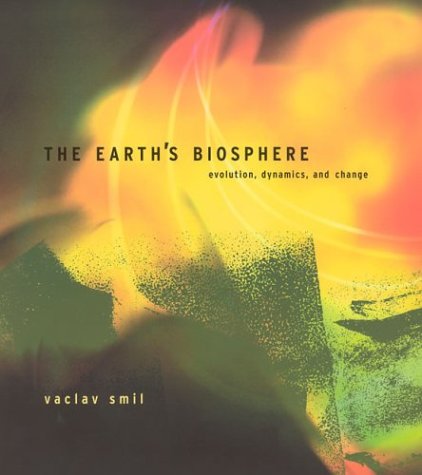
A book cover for The Earth's Biosphere: Evolution, Dynamics, and Change; Vaclav Smil; Science & Math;